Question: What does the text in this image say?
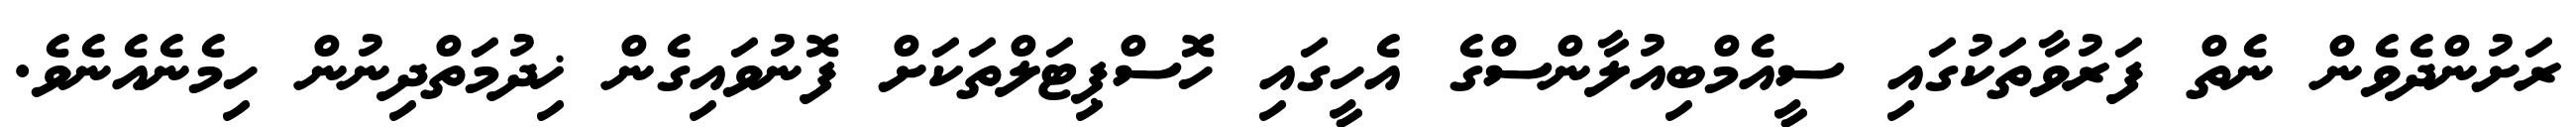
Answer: ރަށުންދެވެން ނެތް ފަރުވާތަކުގައި ސީއެމްބިއުލާންސްގެ އެހީގައި ހޮސްޕިޓަލްތަކަށް ފޮނުވައިގެން ޚިދުމަތްދިނުން ހިމެނެއެނެވެ.